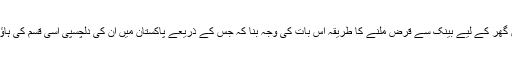
انہوں نے کہاکہ برطانیہ میں گھر کے لیے بینک سے قرض ملنے کا طریقہ اس بات کی وجہ بنا کہ جس کے ذریعے پاکستان میں ان کی دلچسپی اسی قسم کی ہاؤسنگ اسکیم بنانے میں ہوئی۔